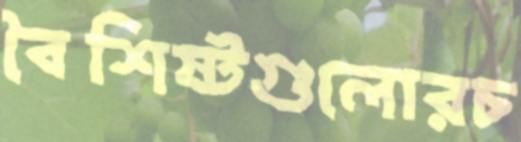
বৈশিষ্টগুলোরচ